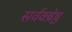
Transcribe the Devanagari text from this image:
सर्वक्ष्रेष्ठ